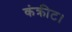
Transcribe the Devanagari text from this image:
कंक्रीट।